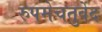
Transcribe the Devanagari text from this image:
रुपमेचतुर्वेद